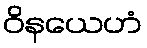
ဝိနယေဟံ